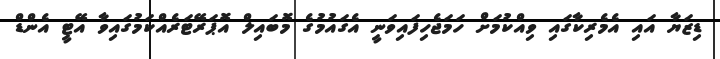
ޑިޒަޔާ އައި އެމެރިކާގައި ވިއްކުމަށް ހަމަޖެހިފައިވަނީ އެގައުމުގެ މޮބައިލް އޮޕަރޭޓަރެއްކަމުގައިވާ އޭޓީ އެންޑް